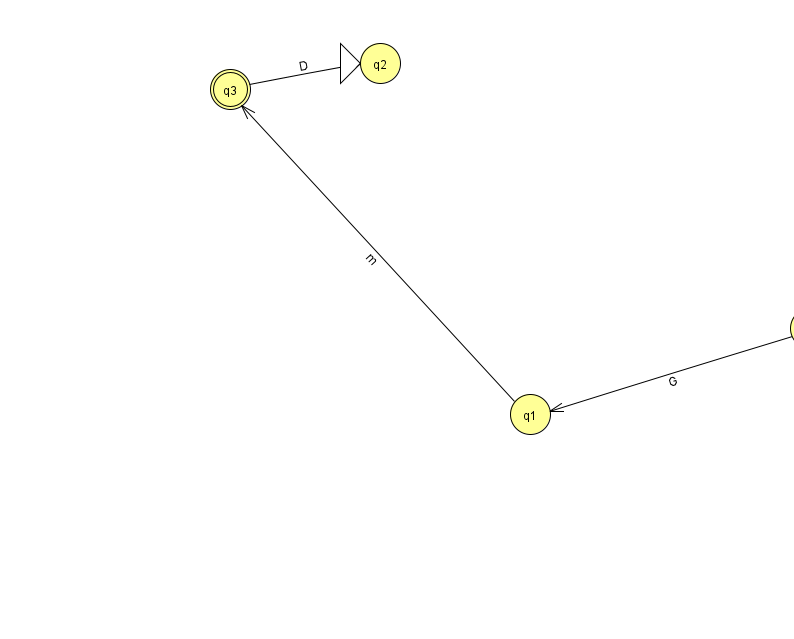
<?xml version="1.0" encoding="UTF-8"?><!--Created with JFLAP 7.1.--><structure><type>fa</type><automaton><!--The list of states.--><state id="0" name="q0"><x>810.0</x><y>315.0</y></state><state id="1" name="q1"><x>530.0</x><y>401.0</y></state><state id="2" name="q2"><x>380.0</x><y>50.0</y><initial/></state><state id="3" name="q3"><x>230.0</x><y>76.0</y><final/></state><!--The list of transitions.--><transition><from>0</from><to>1</to><read>G</read></transition><transition><from>3</from><to>2</to><read>D</read></transition><transition><from>1</from><to>3</to><read>m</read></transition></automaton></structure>